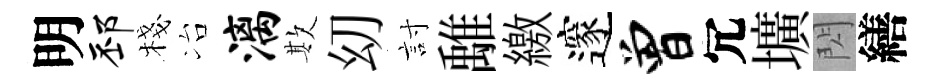
明邳棧冶漓欺㓜討𩀌繳邃曾冗壙閃繕